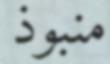
منبوذ